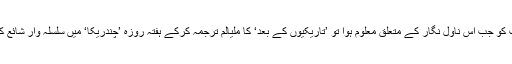
محمد کویا صاحب کو جب اس ناول نگار کے متعلق معلوم ہوا تو ’تاریکیوں کے بعد‘ کا ملیالم ترجمہ کرکے ہفتہ روزہ ’چندریکا‘ میں سلسلہ وار شائع کرنے کا وعدہ کیا۔